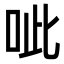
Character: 呲